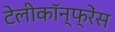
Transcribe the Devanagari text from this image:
टेलीकॉन्फ्रेंस